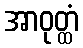
အာဝုတ္ထံ